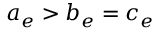
a _ { e } > b _ { e } = c _ { e }